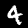
Label: 4